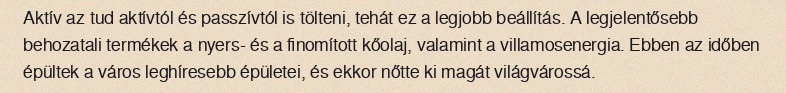
Aktív az tud aktívtól és passzívtól is tölteni, tehát ez a legjobb beállítás. A legjelentősebb behozatali termékek a nyers- és a finomított kőolaj, valamint a villamosenergia. Ebben az időben épültek a város leghíresebb épületei, és ekkor nőtte ki magát világvárossá.